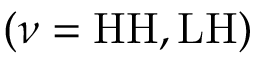
( \nu = \mathrm { { H H } , \mathrm { { L H } ) } }